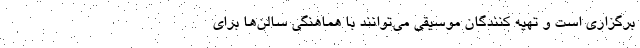
برگزاری است و تهیه کنندگان موسیقی می‌توانند با هماهنگی سالن‌ها برای